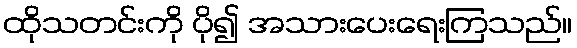
ထိုသတင်းကို ပို၍ အသားပေးရေးကြသည်။